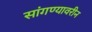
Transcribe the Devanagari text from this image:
सांगण्यावरीन